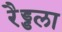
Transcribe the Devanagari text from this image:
रैड्डला